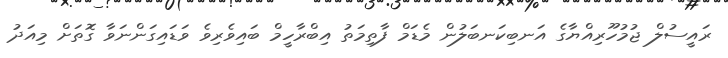
ރައީސުލް ޖުމުހޫރިއްޔާގެ އަނބިކަނބަލުން މެޑަމް ފާތިމަތު އިބްރާހީމް ބައިވެރިވެ ވަޑައިގަންނަވާ ގޮތަށް މިއަދު